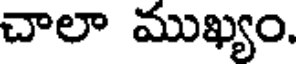
చాలా ముఖ్యం.